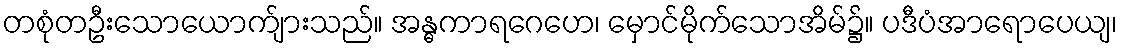
တစုံတဦးသောယောက်ျားသည်။ အန္ဓကာရဂေဟေ၊ မှောင်မိုက်သောအိမ်၌။ ပဒီပံအာရောပေယျ၊